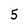
Character: 5